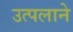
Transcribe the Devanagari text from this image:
उत्पलाने